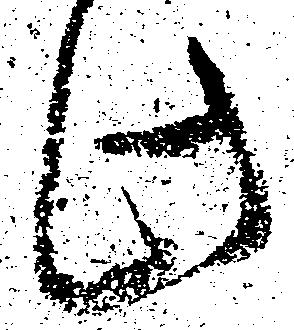
此